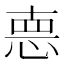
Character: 𢛳